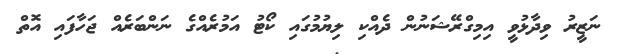
ނަޒީރު ވިދާޅުވީ އިމިގްރޭޝަނުން ދެއްކި ލިޔުމުގައި ކޯޓު އަމުރެއްގެ ނަންބަރެއް ޖަހާފައި އޮތް